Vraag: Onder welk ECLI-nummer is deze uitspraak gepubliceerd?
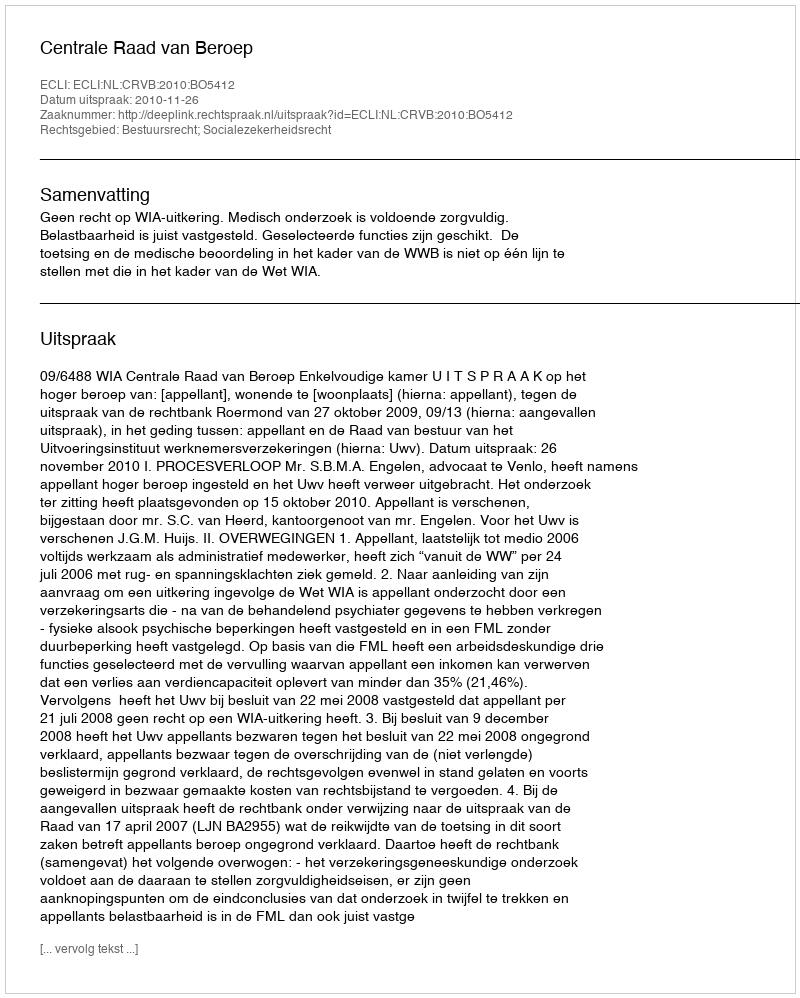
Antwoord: ECLI:NL:CRVB:2010:BO5412